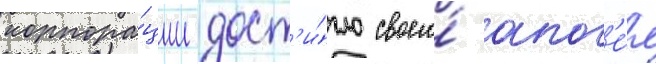
корпора́ции дост'и́гло своего́ апог'е́я